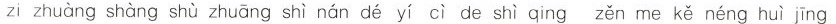
zi zhuàng shàng shù zhuāng shì nán dé yí cì de shì qìng zěn me kě néng huì jīng